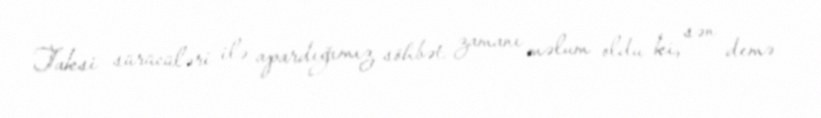
Taksi sürücüləri ilə apardığımız söhbət zamanı məlum oldu ki, sən demə